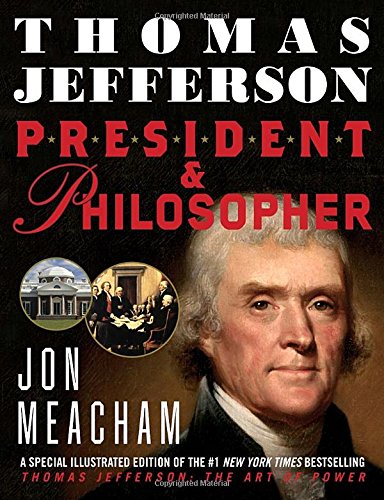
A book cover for Thomas Jefferson: President and Philosopher; Jon Meacham; Children's Books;